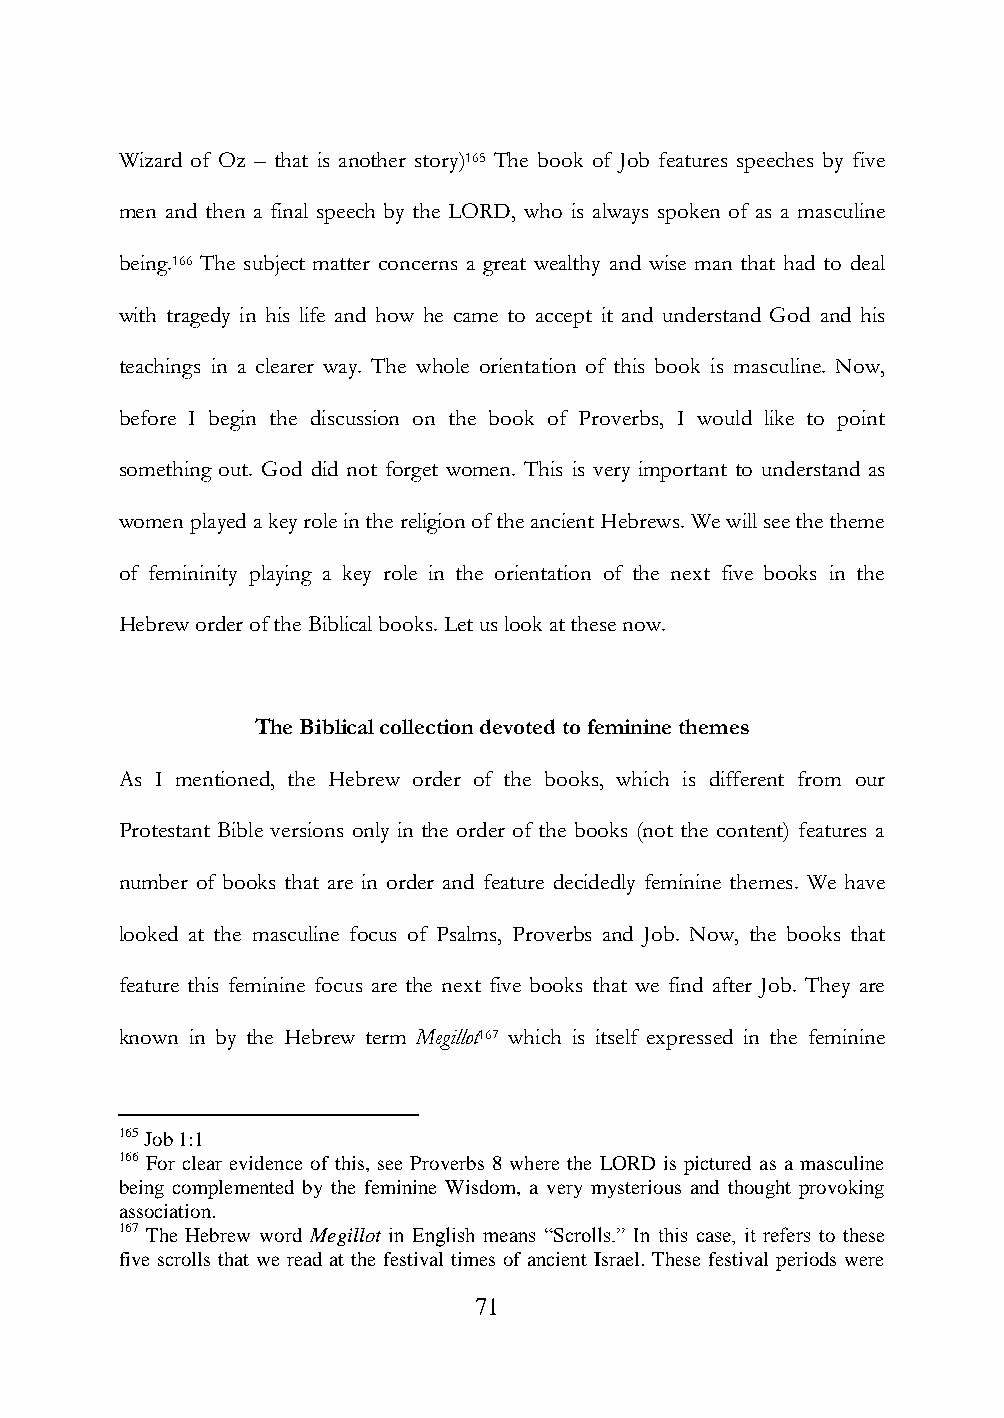
Wizard of Oz – that is another story)165 The book of Job features speeches by five
 men and then a final speech by the LORD, who is always spoken of as a masculine
 being.166 The subject matter concerns a great wealthy and wise man that had to deal
 with tragedy in his life and how he came to accept it and understand God and his
 teachings in a clearer way. The whole orientation of this book is masculine. Now,
 before I begin the discussion on the book of Proverbs, I would like to point
 something out. God did not forget women. This is very important to understand as
 women played a key role in the religion of the ancient Hebrews. We will see the theme
 of femininity playing a key role in the orientation of the next five books in the
 Hebrew order of the Biblical books. Let us look at these now.
 The Biblical collection devoted to feminine themes
 As I mentioned, the Hebrew order of the books, which is different from our
 Protestant Bible versions only in the order of the books (not the content) features a
 number of books that are in order and feature decidedly feminine themes. We have
 looked at the masculine focus of Psalms, Proverbs and Job. Now, the books that
 feature this feminine focus are the next five books that we find after Job. They are
 known in by the Hebrew term Megillot167 which is itself expressed in the feminine
 165 Job 1:1
 166 For clear evidence of this, see Proverbs 8 where the LORD is pictured as a masculine
 being complemented by the feminine Wisdom, a very mysterious and thought provoking
 association.
 167 The Hebrew word Megillot in English means “Scrolls.” In this case, it refers to these
 five scrolls that we read at the festival times of ancient Israel. These festival periods were
 71